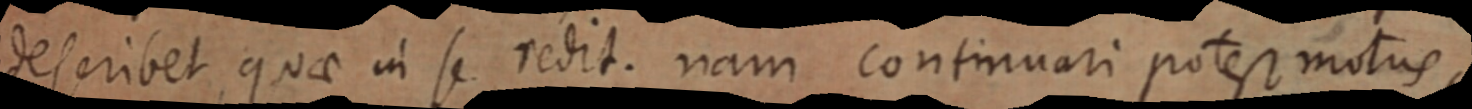
describet, quae in se redit. nam continuari potest motus,